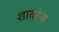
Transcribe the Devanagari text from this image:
शातरंज